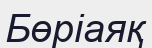
Бөріаяқ